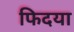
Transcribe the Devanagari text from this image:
फिदया